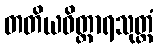
တတိယဝိတ္ထာရသုတ္တံ